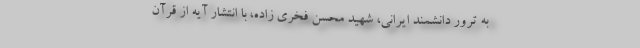
به ترور دانشمند ایرانی، شهید محسن فخری زاده، با انتشار آیه از قرآن